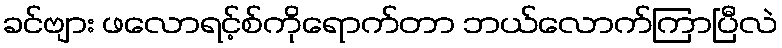
ခင်ဗျား ဖလောရင့်စ်ကိုရောက်တာ ဘယ်လောက်ကြာပြီလဲ